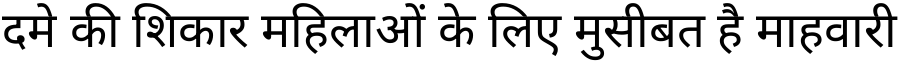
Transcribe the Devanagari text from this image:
दमे की शिकार महिलाओं के लिए मुसीबत है माहवारी